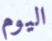
اليوم